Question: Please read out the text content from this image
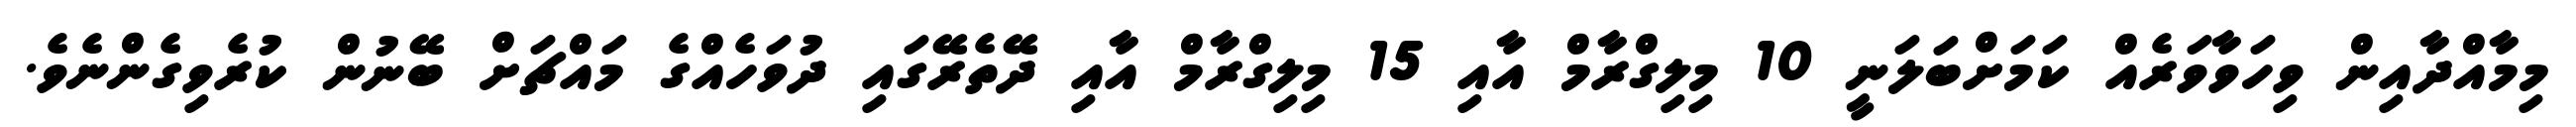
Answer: މިމާއްދާއިން ވިހަވާވަރެއް ކަމަށްބަލަނީ 10 މިލިގްރާމް އާއި 15 މިލިގްރާމް އާއި ދޭތެރޭގައި ދުވަހެއްގެ މައްޗަށް ބޭނުން ކުރެވިގެންނެވެ.